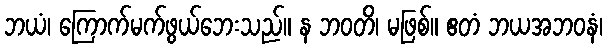
ဘယံ၊ ကြောက်မက်ဖွယ်ဘေးသည်။ န ဘဝတိ၊ မဖြစ်။ ဧတံ ဘယအဘဝနံ၊